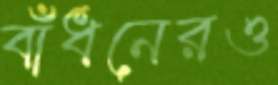
বাঁধনেরও